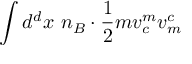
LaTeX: \int d ^ { d } x ~ n _ { B } \cdot \frac { 1 } { 2 } m v _ { c } ^ { m } v _ { m } ^ { c }